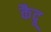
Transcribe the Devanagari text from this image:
कैदू